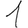
Digit: 1